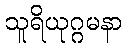
သူရိယုဂ္ဂမနာ